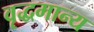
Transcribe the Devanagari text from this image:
वृद्धमान्य